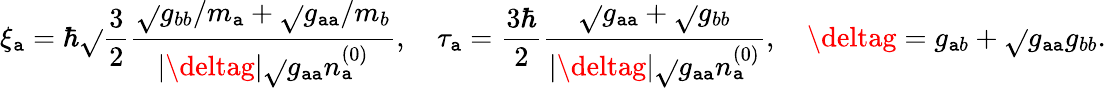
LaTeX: \xi_{\mathtt{a}}=\hbar\sqrt{}{{\frac{{3}}{{2}}\frac{{\sqrt{}{{g_{bb}}}/m_{\mathtt{a}}+\sqrt{}{{g_{\mathtt{a}\mathtt{a}}}}/m_{b}}}{{\vert\deltag\vert\sqrt{}{{g_{\mathtt{a}\mathtt{a}}}}n_{\mathtt{a}}^{(0)}}}}},\quad\tau_{\mathtt{a}}=\frac{{3\hbar}}{{2}}\frac{{\sqrt{}{{g_{\mathtt{a}\mathtt{a}}}}+\sqrt{}{{g_{bb}}}}}{{\vert\deltag\vert\sqrt{}{{g_{\mathtt{a}\mathtt{a}}}}n_{\mathtt{a}}^{(0)}}},\quad\deltag=g_{\mathtt{a}b}+\sqrt{}{{g_{\mathtt{a}\mathtt{a}}g_{bb}}}.